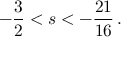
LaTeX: - \frac { 3 } { 2 } < s < - \frac { 2 1 } { 1 6 } \, .